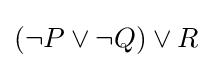
(\neg P\lor \neg Q)\lor R